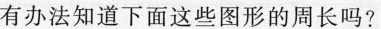
有办法知道下面这些图形的周长吗?